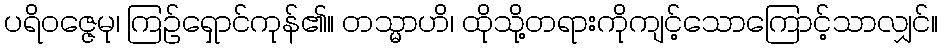
ပရိဝဇ္ဇေမု၊ ကြဉ်ရှောင်ကုန်၏။ တသ္မာဟိ၊ ထိုသို့တရားကိုကျင့်သောကြောင့်သာလျှင်။